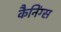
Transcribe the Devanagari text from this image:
कैनिंग्स